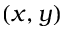
( x , y )